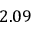
2 . 0 9